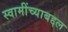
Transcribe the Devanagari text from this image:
स्वामींच्याबद्दल